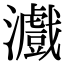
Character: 𤃪